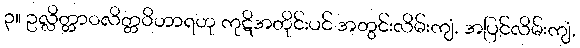
၃။ ဥလ္လိတ္တာဝလိတ္တဝိဟာရဟု ကုဋိအတိုင်းပင် အတွင်းလိမ်းကျံ, အပြင်လိမ်းကျံ,